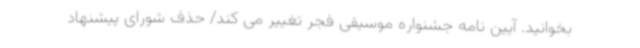
بخوانید. آیین نامه جشنواره موسیقی فجر تغییر می کند/ حذف شورای پیشنهاد